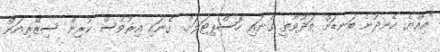
"އިއްޔެ ހެނދުނެ ބަނޑަށް ތަދުވާތީ ގެނައި ހޮސްޕިޓަލަށް. ގެނައި އިރުވެސް ކުރިން ސިޒޭރިއަން